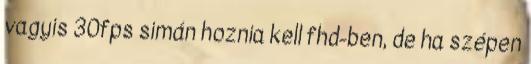
vagyis 30fps simán hoznia kell fhd-ben, de ha szépen